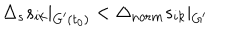
\Delta _ { s } s _ { i k } | _ { G ^ { \prime } ( t _ { 0 } ) } < \Delta _ { n o r m } s _ { i k } | _ { G ^ { \prime } }